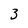
Character: 3